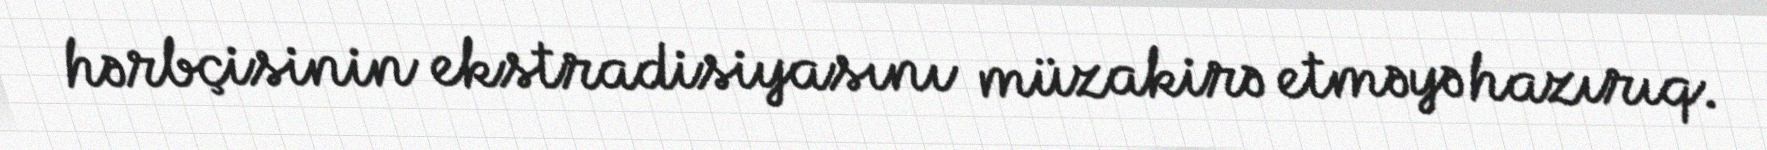
hərbçisinin ekstradisiyasını müzakirə etməyə hazırıq.